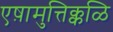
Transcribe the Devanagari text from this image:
एष़ामुत्तिक्कळि